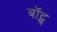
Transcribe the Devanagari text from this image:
बॉट्स